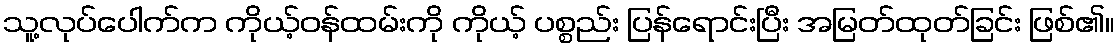
သူ့လုပ်ပေါက်က ကိုယ့်ဝန်ထမ်းကို ကိုယ့် ပစ္စည်း ပြန်ရောင်းပြီး အမြတ်ထုတ်ခြင်း ဖြစ်၏။